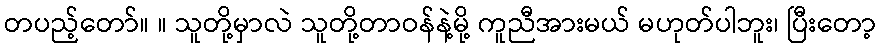
တပည့်တော်။ ။ သူတို့မှာလဲ သူတို့တာဝန်နဲ့မို့ ကူညီအားမယ် မဟုတ်ပါဘူး၊ ပြီးတော့